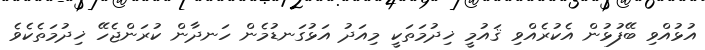
އުޅުއްވި ބޭފުޅުން އެކުރެއްވި ޤައުމީ ޚިދުމަތަކީ މިއަދު އަޅުގަނޑުމެން ހަނދާން ކުރަންޖެހޭ ޚިދުމަތެކެވެ